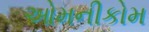
ઓમનીકોમ